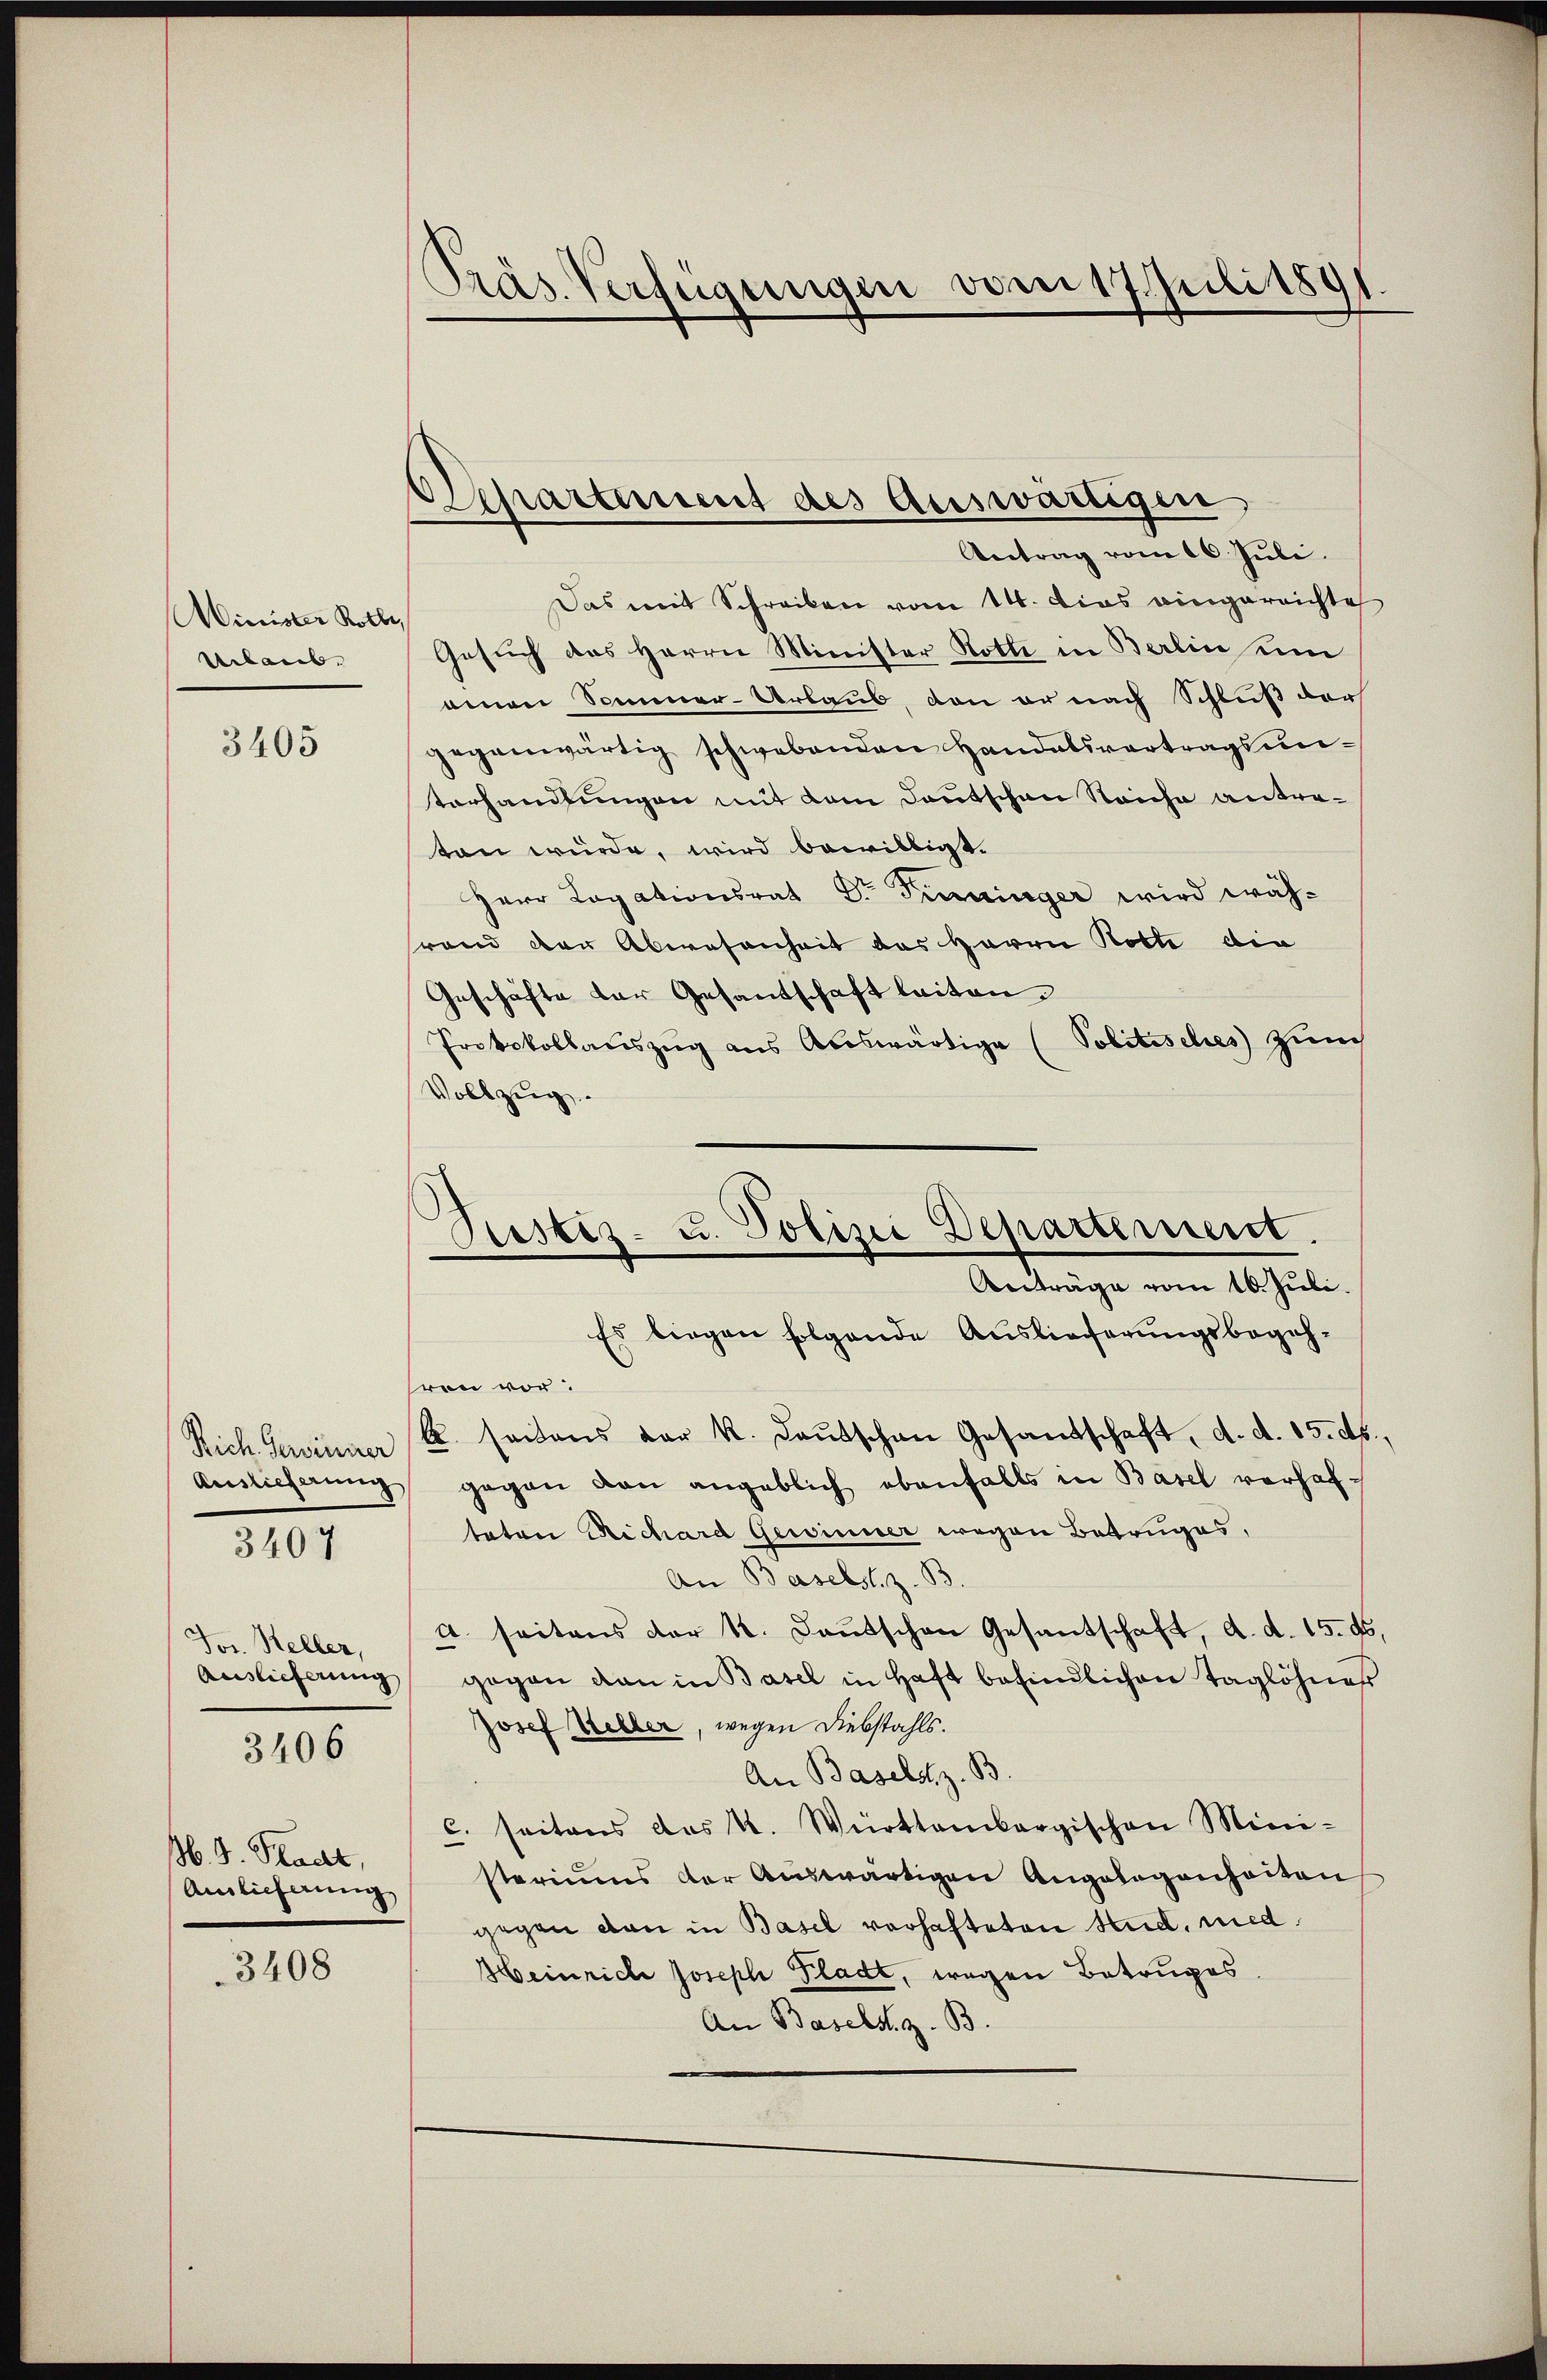
Minister Rothe
Urlaub.

3405

Auslieferung
3407

Jos. Keller,
Auslieferung
3406

. G. Hast,
Auslieferung

3408

Präs. Verfügungen vom 17 Juli 189

Appartement des Auswärtigen
Antrag vom 16. Juli.

Restiz- u. Polizei Departement.
Anträge vom 10. Juli.
Es birgen folgende Auslieferungsbegeh¬

Das mit Schreiben vom 14. Dies eingerrichte
Gesuch des Herrn Minister Rotte in Berlin sum
einen Sommer-Urlaub, von er nach Schluß der
gegenwärtig schwebenden Handabsvertragsunterhandlungen mit dem Deutschen Reiche anterten würde, wird bewilligt.
Herr Logationsrat Dr Finninger wird wähsrand der Abwesenheit des Herrn Rotte die
Geschäfte der Gesandschaft leiten.
Protokollauszug aus Auswärtige (Politisches zum
Vollzug.
hren vor.
Rich Gewinner u. seiens der K. Baŭtschen Gesandschaft, d. d. 15. ds.
gegen von angeblich ebenfalls in Basel vorhaftoton Richard Gewinner wegen Betruges,
An Baselst z. B.
4. seitens der k. Lautschen Gesantschaft, d. d. 15. ds
gegen dan in Basel in Haft befindlichen Taglöhne
voel Keller, wegen Diebstahls.
An Baselst z. B.
c. seitens das K. Württembergischen Mini-
steriums der Auswärtigen Angelegenheiten
gegen dan in Basel vorhafteten Rud. med.
Heinrich Joseph Pladt, wegen Betruges
An Basels z. B.